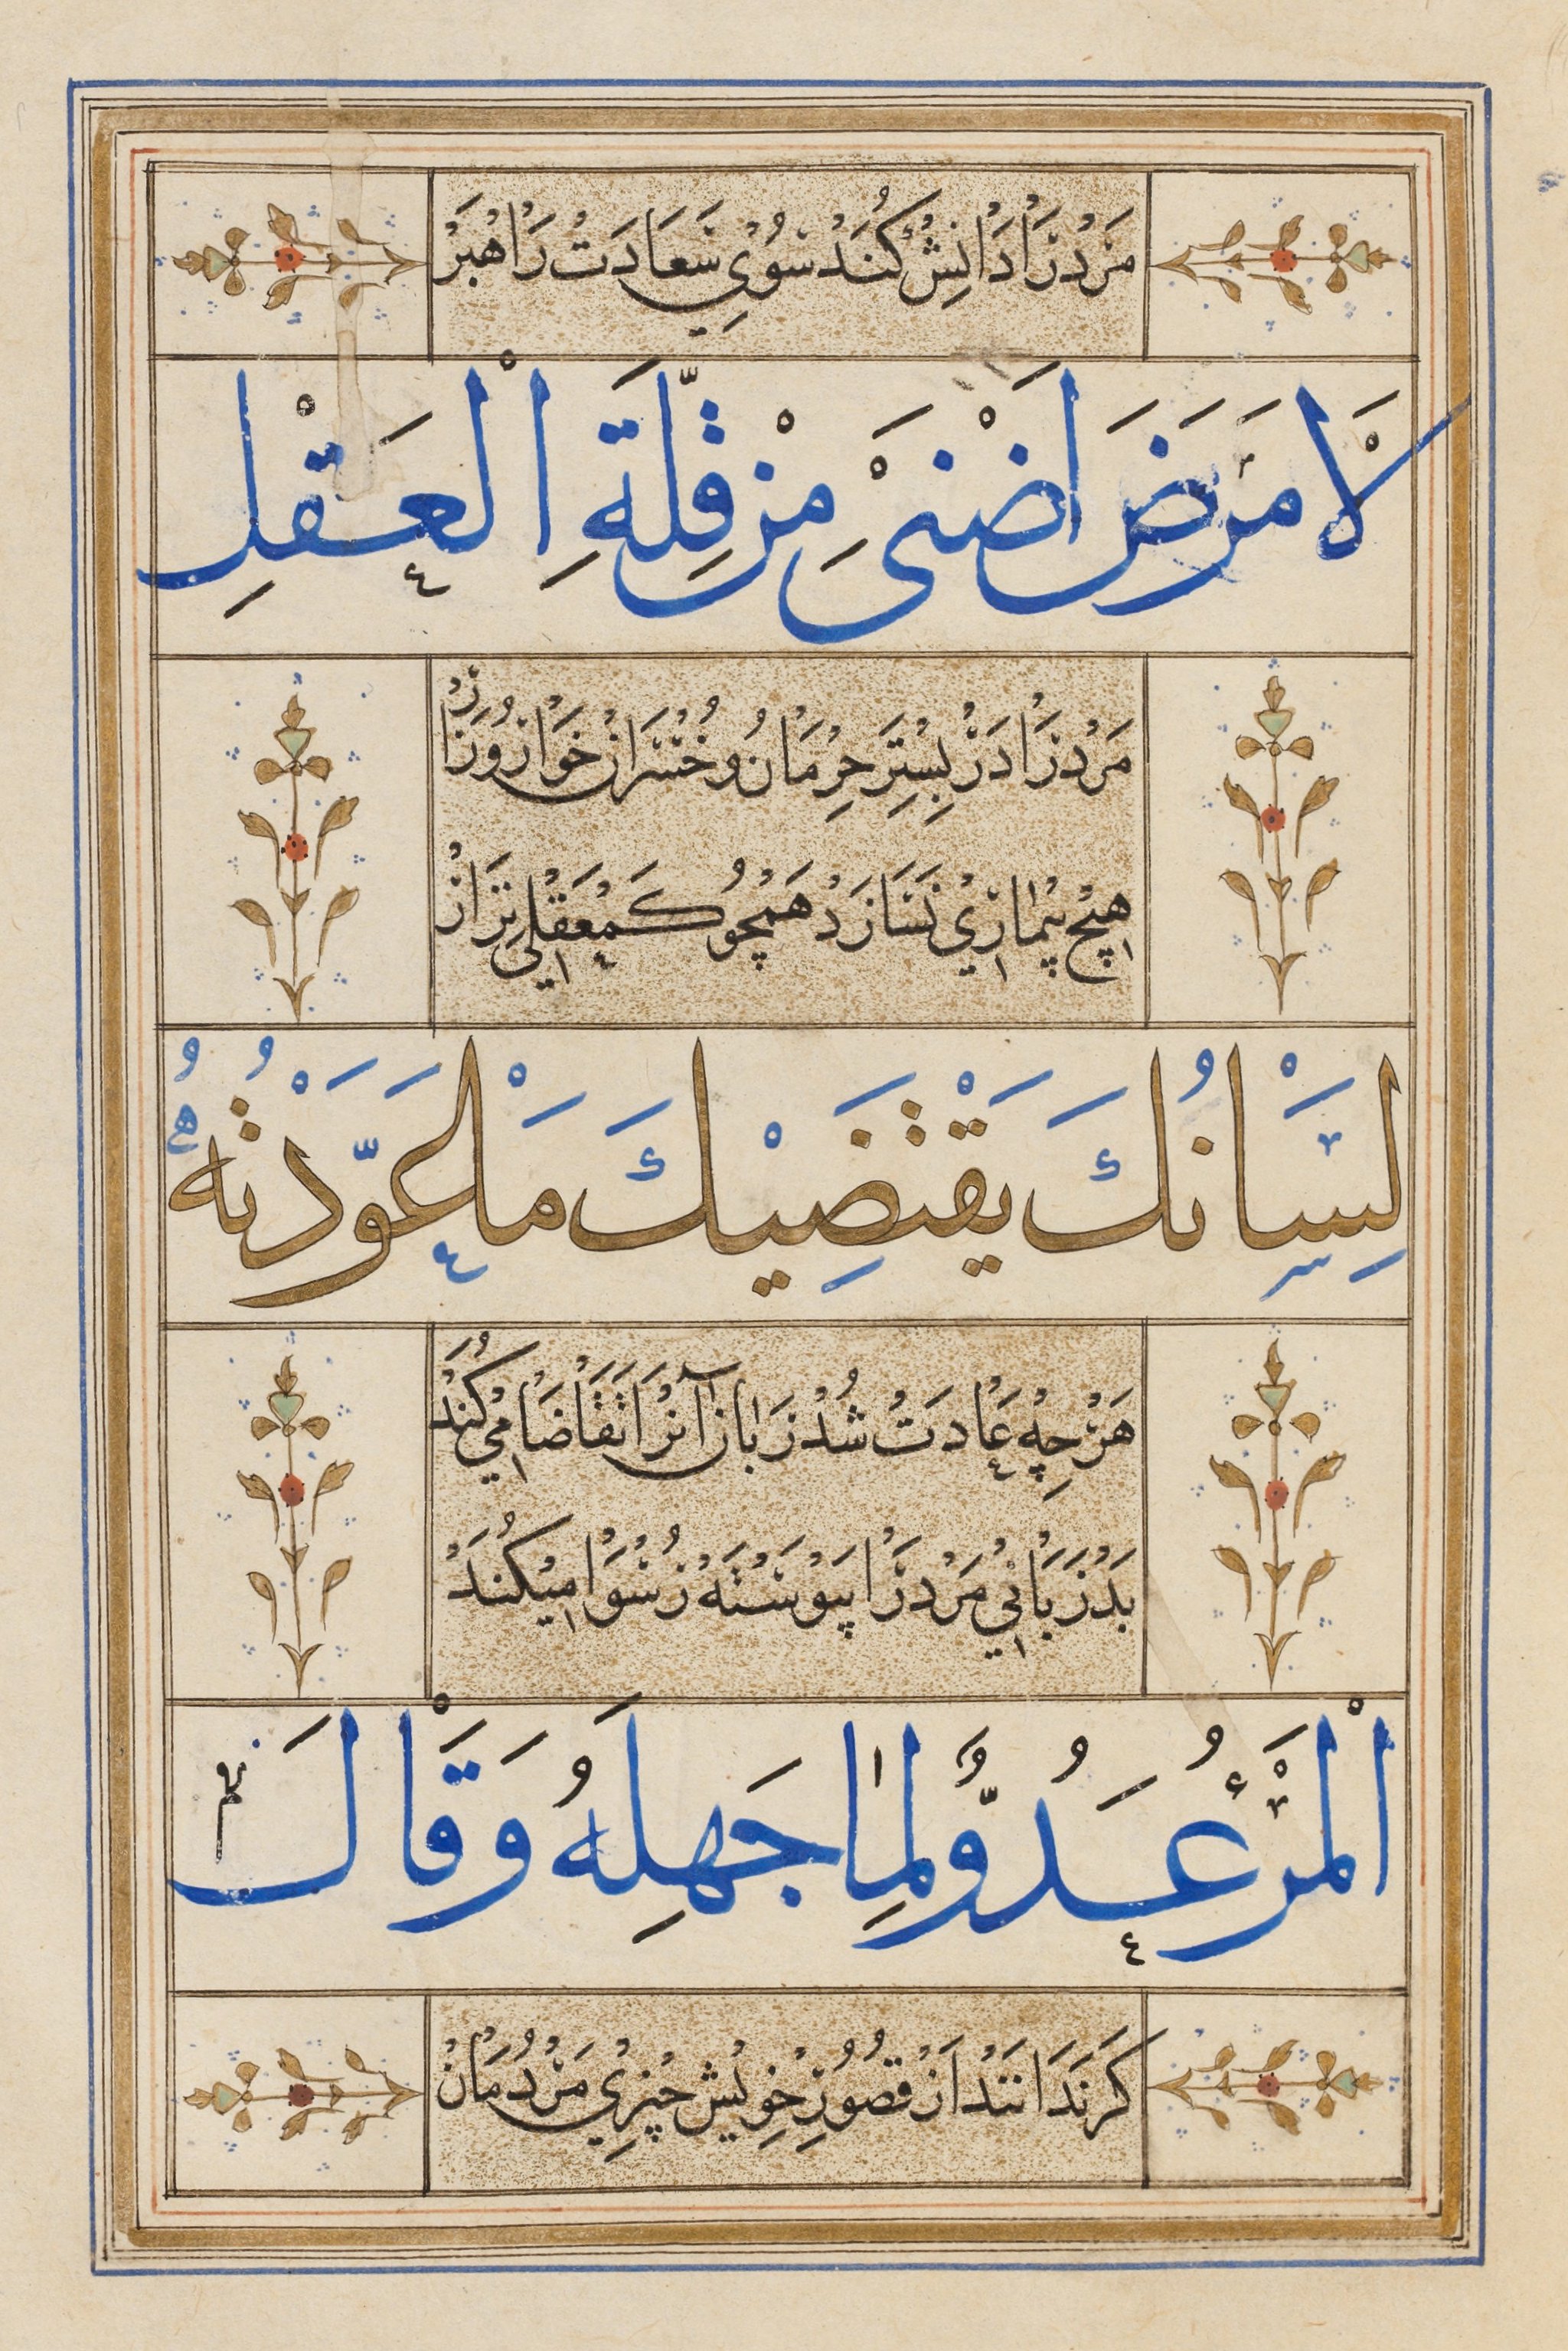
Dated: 1545–1545